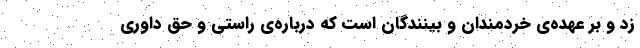
زد و بر عهده‌ی خردمندان و بینندگان است که درباره‌ی راستی و حق داوری